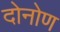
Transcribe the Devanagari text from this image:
दोनोण